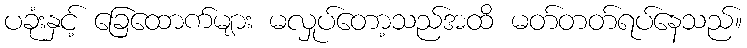
ပခုံးနှင့် ခြေထောက်များ မလှုပ်တော့သည်အထိ မတ်တတ်ရပ်နေသည်။